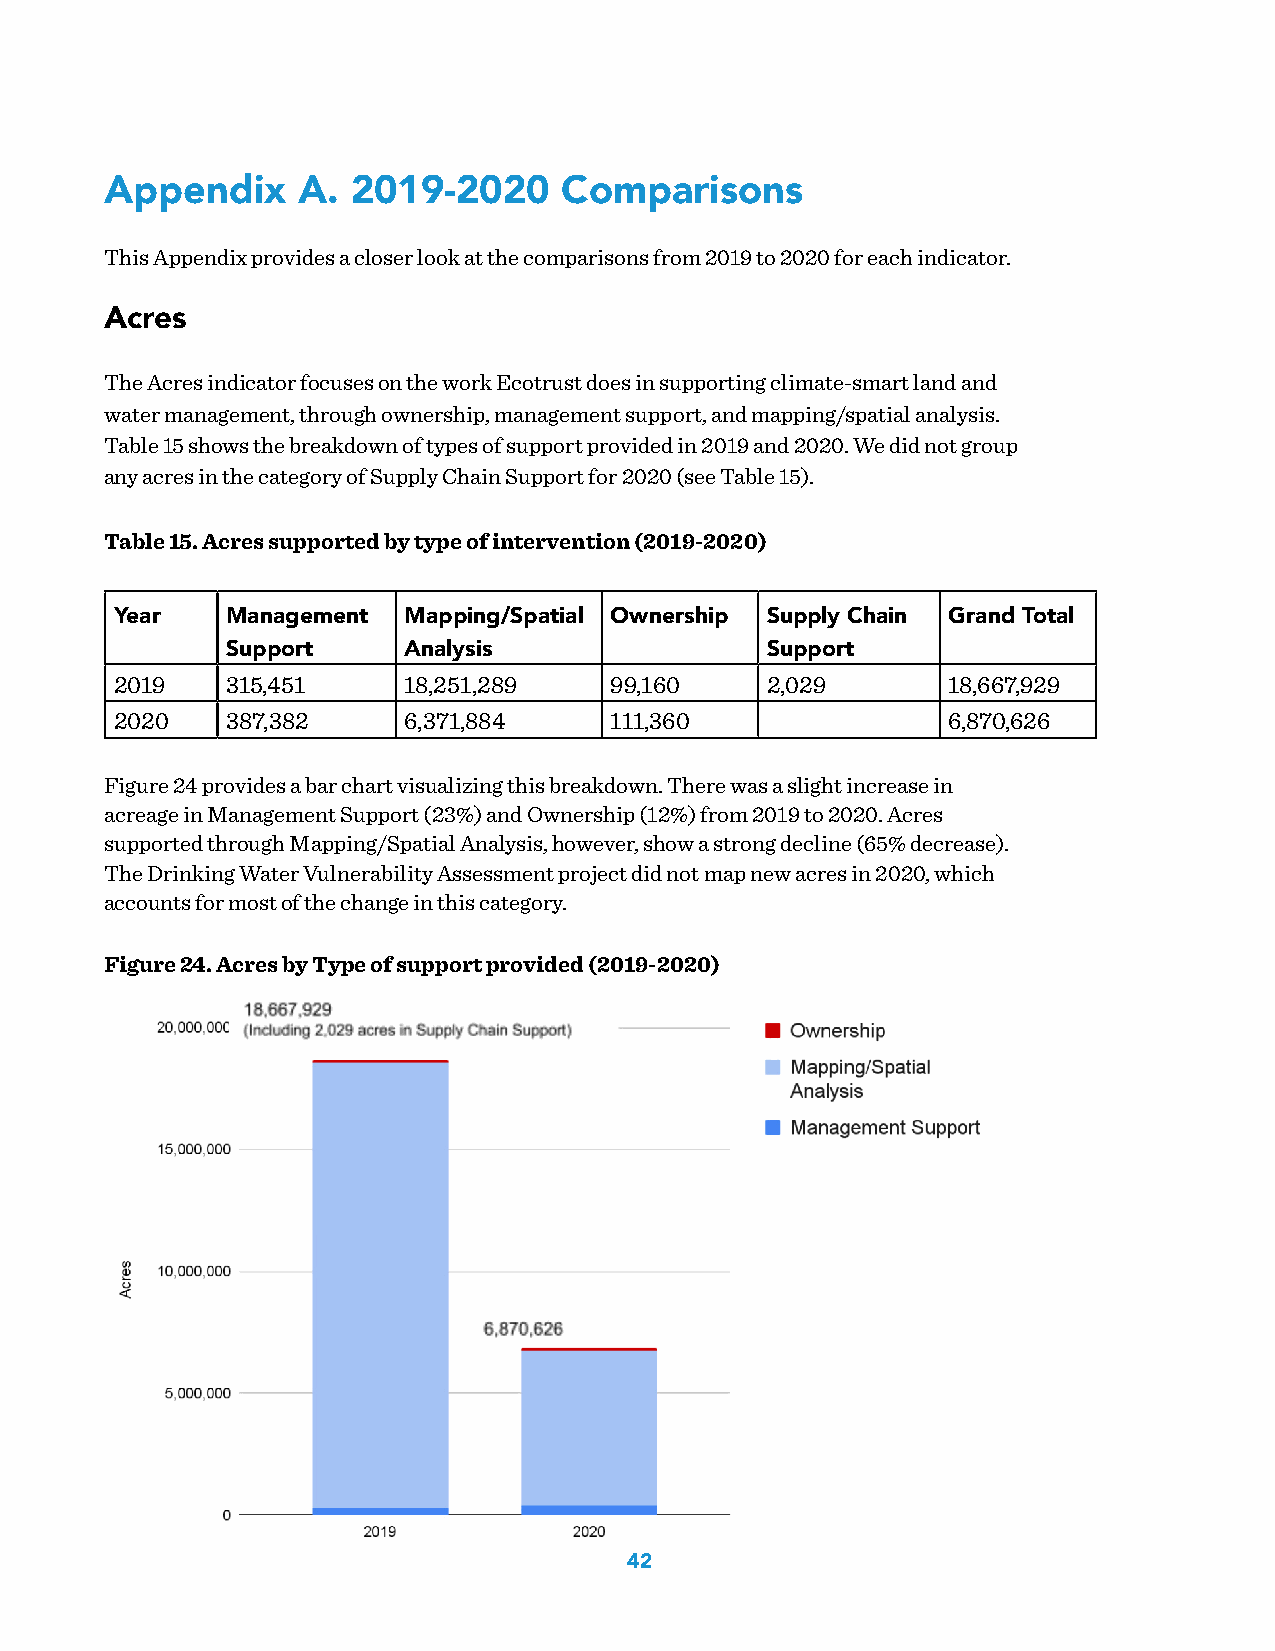
Appendix     A. 2019-2020     Comparisons
 This Appendix provides a closer look at the comparisons from 2019 to 2020 for each indicator.
 Acres
 The Acres indicator focuses on the work Ecotrust does in supporting climate-smart land and
 water management, through ownership, management support, and mapping/spatial analysis.
 Table 15 shows the breakdown of types of support provided in 2019 and 2020. We did not group
 any acres in the category of Supply Chain Support for 2020 (see Table 15).
 Table 15. Acres supported by type of intervention (2019-2020)
 Year   Management  Mapping/Spatial Ownership Supply Chain Grand Total
 Support     Analysis                Support
 2019   315,451     18,251,289   99,160     2,029       18,667,929
 2020   387,382     6,371,884    111,360                6,870,626
 Figure 24 provides a bar chart visualizing this breakdown. There was a slight increase in
 acreage in Management Support (23%) and Ownership (12%) from 2019 to 2020. Acres
 supported through Mapping/Spatial Analysis, however, show a strong decline (65% decrease).
 The Drinking Water Vulnerability Assessment project did not map new acres in 2020, which
 accounts for most of the change in this category.
 Figure 24. Acres by Type of support provided (2019-2020)
 42